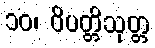
၁၀၊ ဝိပတ္တိသုတ္တ